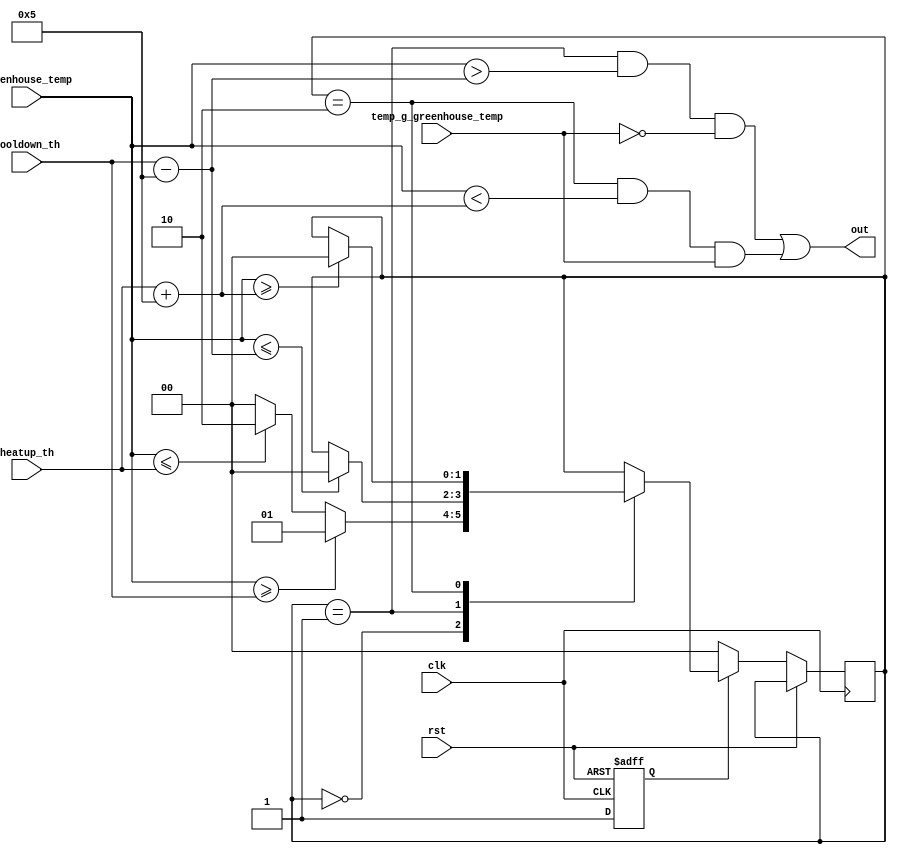
`define TH 8'sd5

module temp_control (
input wire [7:0] cooldown_th, /* set only to value between 90-120 (default 95) */
input wire [7:0] heatup_th, /* set only to value between 10-80  (default 60) */
input wire signed [7:0] greenhouse_temp,
input wire clk,
input wire rst,
input wire temp_g_greenhouse_temp,
output wire out
);

localparam [1:0] STATE_IDLE = 2'd0, STATE_COOLDOWN = 2'd1, STATE_HEATUP = 2'd2;
reg [1:0] state, next_state;
reg initialized;
wire signed [7:0] stop_cooldown_th;
wire signed [7:0] stop_heatup_th;

// OUTPUT COMBINATIONAL LOGIC
assign out = ((state == STATE_COOLDOWN) && ($signed(greenhouse_temp) > $signed(stop_cooldown_th)) && (!temp_g_greenhouse_temp)) || ((state == STATE_HEATUP) && ($signed(greenhouse_temp) < $signed(stop_heatup_th)) && temp_g_greenhouse_temp);
assign stop_cooldown_th = $signed(cooldown_th) - $signed(`TH);
assign stop_heatup_th = $signed(heatup_th) + $signed(`TH);

// UPDATE STATE SEQUENTIAL LOGIC
always@(posedge clk or posedge rst)
begin
	if(rst) initialized <= 1'd0;
	else if(initialized) state <= next_state;
	else 
	begin
		state <= STATE_IDLE;
		initialized <= 1'd1;
	end
end

// NEXT STATE COMBINATIONAL LOGIC
always@(greenhouse_temp or state or cooldown_th or heatup_th or stop_cooldown_th or stop_heatup_th)
begin
	next_state = state;
	case(state)
		STATE_IDLE:
		begin
			if($signed(greenhouse_temp) >= $signed(cooldown_th)) next_state = STATE_COOLDOWN;
			else if ($signed(greenhouse_temp) <= $signed(heatup_th)) next_state = STATE_HEATUP;
			else next_state = STATE_IDLE;
		end
		STATE_COOLDOWN: if($signed(greenhouse_temp) <= $signed(stop_cooldown_th)) next_state = STATE_IDLE;
		STATE_HEATUP: if($signed(greenhouse_temp) >= $signed(stop_heatup_th)) next_state = STATE_IDLE;
		default:
		begin
			// TODO: Figure out what to do for default case.
		end
	endcase

end

endmodule